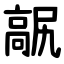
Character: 髛